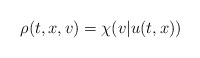
\begin{align*}\rho(t,x,v)=\chi(v|u(t,x))\end{align*}